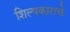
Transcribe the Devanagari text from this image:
शिल्पकाराचे